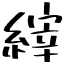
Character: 縡